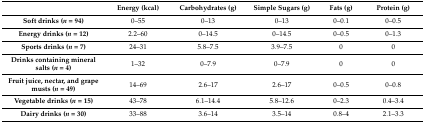
<table><thead><tr><td></td><td><b>Energy (kcal)</b></td><td><b>Carbohydrates (g)</b></td><td><b>Simple Sugars (g)</b></td><td><b>Fats (g)</b></td><td><b>Protein (g)</b></td></tr></thead><tbody><tr><td><b>Soft drinks (<i>n</i> = 94)</b></td><td>0–55</td><td>0–13</td><td>0–13</td><td>0–0.1</td><td>0–0.5</td></tr><tr><td><b>Energy drinks (<i>n</i> = 12)</b></td><td>2.2–60</td><td>0–14.5</td><td>0–14.5</td><td>0–0.5</td><td>0–1.3</td></tr><tr><td><b>Sports drinks (<i>n</i> = 7)</b></td><td>24–31</td><td>5.8–7.5</td><td>3.9–7.5</td><td>0</td><td>0</td></tr><tr><td><b>Drinks containing mineral salts (<i>n</i> = 4)</b></td><td>1–32</td><td>0–7.9</td><td>0–7.9</td><td>0</td><td>0</td></tr><tr><td><b>Fruit juice, nectar, and grape musts (<i>n</i> = 49)</b></td><td>14–69</td><td>2.6–17</td><td>2.6–17</td><td>0–0.5</td><td>0–0.8</td></tr><tr><td><b>Vegetable drinks (<i>n</i> = 15)</b></td><td>43–78</td><td>6.1–14.4</td><td>5.8–12.6</td><td>0–2.3</td><td>0.4–3.4</td></tr><tr><td><b>Dairy drinks (<i>n</i> = 30)</b></td><td>33–88</td><td>3.6–14</td><td>3.5–14</td><td>0.8–4</td><td>2.1–3.3</td></tr></tbody></table>